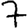
Digit: 7